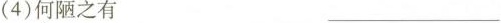
(4)何陋之有 ___